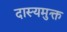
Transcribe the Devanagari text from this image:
दास्यमुक्त